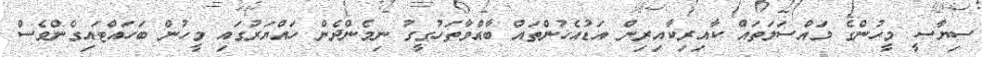
ސިޔާސީ މީހުންގެ މައްސަލަތައް ކާއިރިކާއިރިން އަޑުއެހުންތައް ބާއްވާތަހުގީގު ނިމެންދެން ހައްޔަރުގައި މީހުން ބަހައްޓައިގެންވެސް